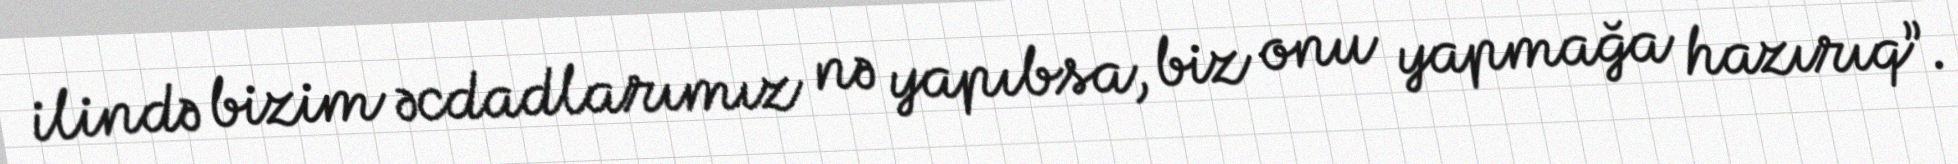
ilində bizim əcdadlarımız nə yapıbsa, biz onu yapmağa hazırıq”.